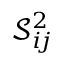
\mathcal { S } _ { i \! j } ^ { 2 }